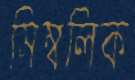
সিম্বলিক